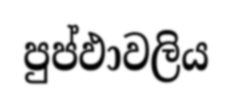
පුප්ඵාවලිය